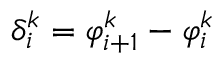
\delta _ { i } ^ { k } = \varphi _ { i + 1 } ^ { k } - \varphi _ { i } ^ { k }